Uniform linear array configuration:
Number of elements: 12
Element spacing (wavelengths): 1
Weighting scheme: kaiser
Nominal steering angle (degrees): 15
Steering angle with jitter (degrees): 16.283
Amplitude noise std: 0.05
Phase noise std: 0.05

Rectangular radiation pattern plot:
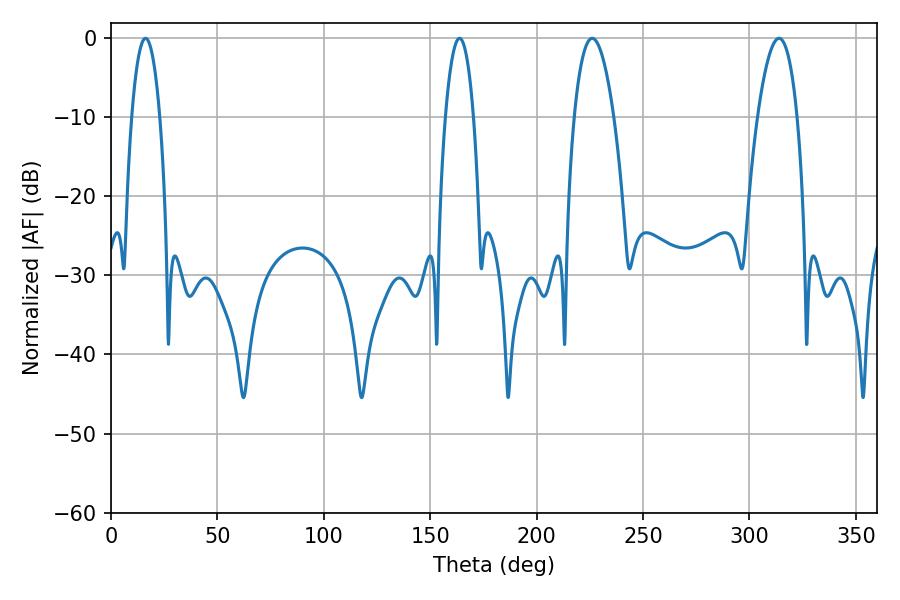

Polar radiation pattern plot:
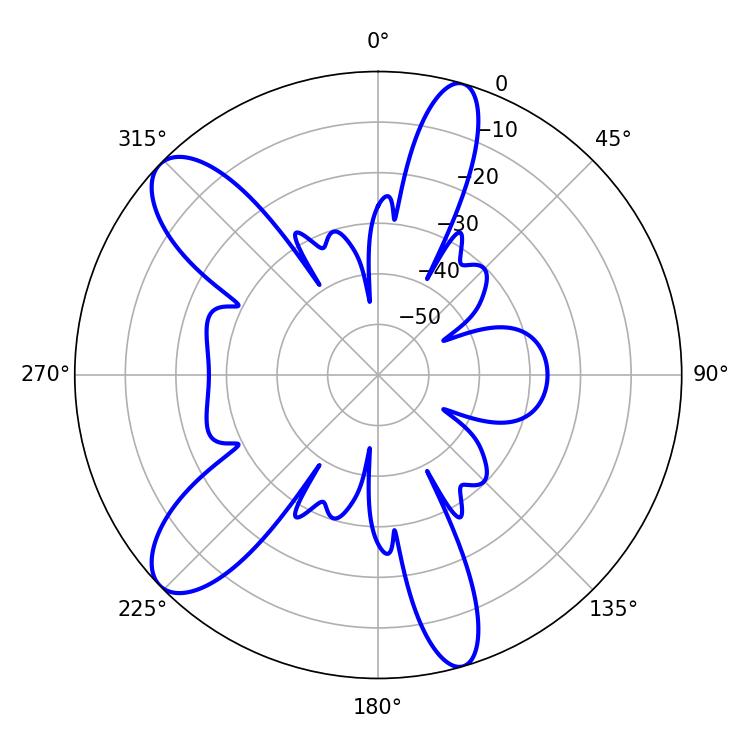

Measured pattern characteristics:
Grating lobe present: TRUE
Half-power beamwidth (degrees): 10.26
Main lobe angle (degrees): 226.08